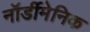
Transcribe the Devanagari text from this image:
नॉर्डीमेनिक